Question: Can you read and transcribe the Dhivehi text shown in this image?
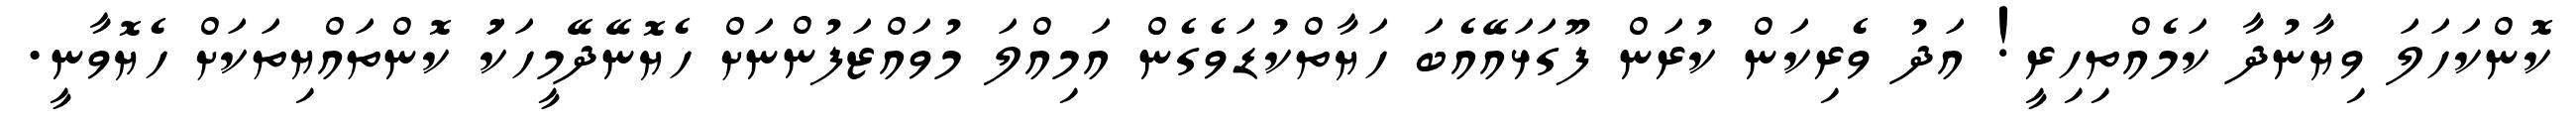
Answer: ކޮންކަހަލަ ވިޔާނުދާ ކަމެއްތިހިރީ! އަދު ވެރިކަން ކުރަން ފޫގަޅައޭއެބަ ހަޔާތްކުޑަވެގެން އަމިއްލަ މުވައްޒަފުންނަށް ހެޔޮނޭދޭމީހަކަު ކޮންތައްޔިތަކަށް ހެޔޮވާނީ.